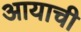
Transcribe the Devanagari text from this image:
आयाची